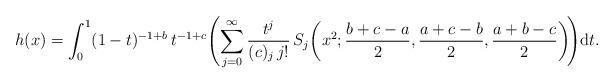
LaTeX: \begin{align*}h(x)=\int_{0}^{1}(1-t)^{-1+b}\, t^{-1+c}\!\left(\sum_{j=0}^{\infty}\frac{t^{j}}{(c)_{j}\, j!}\, S_{j}\!\left(x^{2};\frac{b+c-a}{2},\frac{a+c-b}{2},\frac{a+b-c}{2}\right)\!\right)\!\mbox{d}t.\end{align*}